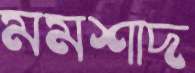
মমশাদ